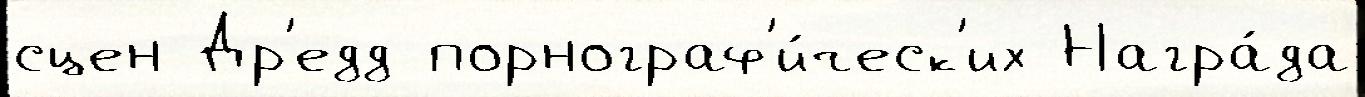
сцен Др'едд порнограф'и́ческ'их Награ́да